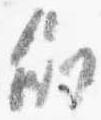
例